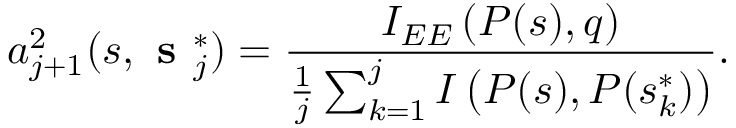
a _ { j + 1 } ^ { 2 } ( s , \textbf { s } _ { j } ^ { * } ) = \frac { I _ { E E } \left( P ( s ) , q \right) } { \frac { 1 } { j } \sum _ { k = 1 } ^ { j } I \left( P ( s ) , P ( s _ { k } ^ { * } ) \right) } .